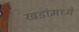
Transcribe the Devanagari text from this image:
खडांमध्ये